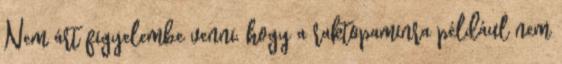
Nem árt figyelembe venni, hogy a raktopaminra például nem